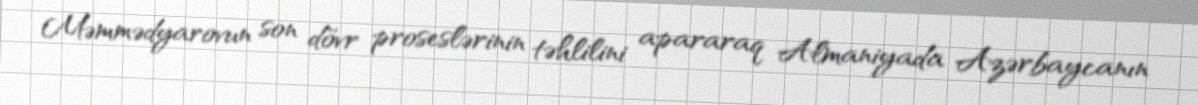
Məmmədyarovun son dövr proseslərinin təhlilini apararaq Almaniyada Azərbaycanın